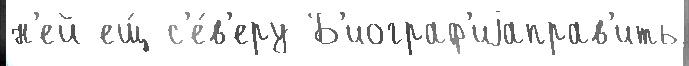
н'ей ещ́ с'е́в'еру Б'иограф'иjаправ'ить